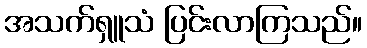
အသက်ရှူသံ ပြင်းလာကြသည်။